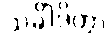
သင်္ခါဒိတွာ